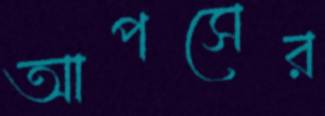
আপসের